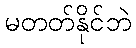
မတတ်နိုင်ဘဲ